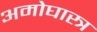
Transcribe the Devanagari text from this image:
अमोघास्त्र